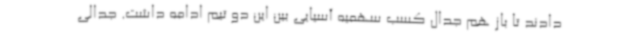
دادند تا باز هم جدال کسب سهمیه آسیایی بین این دو تیم ادامه داشت. جدالی